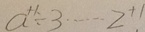
a ^ { + 1 } \div 3 \cdots 2 ^ { + 1 }